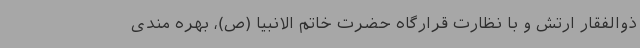
ذوالفقار ارتش و با نظارت قرارگاه حضرت خاتم الانبیا (ص)، بهره مندی